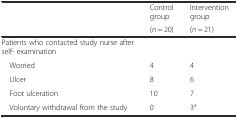
<table><thead><tr><td></td><td><b>Control group</b></td><td><b>Intervention group</b></td></tr><tr><td></td><td><b>(<i>n</i> = 20)</b></td><td><b>(<i>n</i> = 21)</b></td></tr></thead><tbody><tr><td>Patients who contacted study nurse after self- examination</td><td></td><td></td></tr><tr><td> Worried</td><td>4</td><td>4</td></tr><tr><td> Ulcer</td><td>8</td><td>6</td></tr><tr><td> Foot ulceration</td><td>10</td><td>7</td></tr><tr><td> Voluntary withdrawal from the study</td><td>0</td><td>3<sup>a</sup></td></tr></tbody></table>